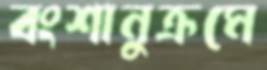
বংশানুক্রমে